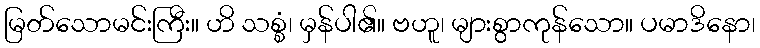
မြတ်သောမင်းကြီး။ ဟိ သစ္စံ၊ မှန်ပါ၏။ ဗဟူ၊ များစွာကုန်သော။ ပမာဒိနော၊